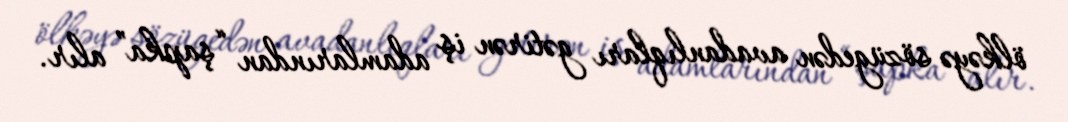
ölkəyə sözügedən avadanlıqları gətirən iş adamlarından “şapka” alır.